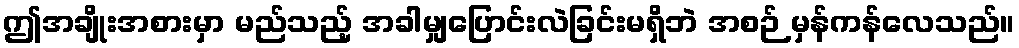
ဤအချိုးအစားမှာ မည်သည့် အခါမျှပြောင်းလဲခြင်းမရှိဘဲ အစဉ် မှန်ကန်လေသည်။